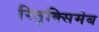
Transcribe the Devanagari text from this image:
रितुक्सिमेब